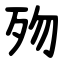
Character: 歾